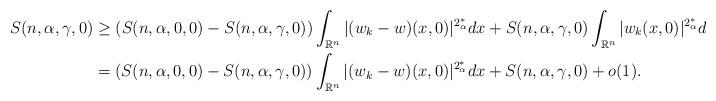
LaTeX: \begin{align*}S(n,\alpha,\gamma,0) &\ge \left(S(n,\alpha,0,0) - S(n,\alpha,\gamma,0)\right) \int_ {\mathbb{R}^n} |(w_k - w) (x,0)|^ {2_{\alpha}^*}dx+S(n,\alpha,\gamma,0) \int_ {\mathbb{R}^n} |w_k (x,0)|^ {2_{\alpha}^*}dx+o(1) \\ & =\left(S(n,\alpha,0,0) - S(n,\alpha,\gamma,0)\right) \int_ {\mathbb{R}^n} |(w_k - w) (x,0)|^ {2_{\alpha}^*}dx+S(n,\alpha,\gamma,0)+o(1) . \end{align*}